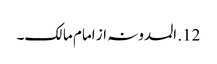
12. المدونہ از امام مالک۔